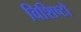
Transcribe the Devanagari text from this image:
विशिष्टो